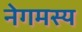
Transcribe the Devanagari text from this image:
नेगमस्य